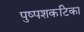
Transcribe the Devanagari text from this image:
पुष्पशकटिका